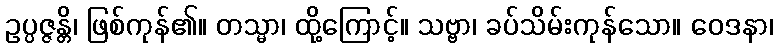
ဥပ္ပဇ္ဇန္တိ၊ ဖြစ်ကုန်၏။ တသ္မာ၊ ထို့ကြောင့်။ သဗ္ဗာ၊ ခပ်သိမ်းကုန်သော။ ဝေဒနာ၊